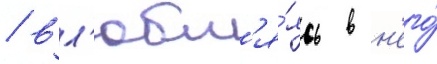
/ вл'юбл'я́ясь в н'его́